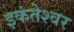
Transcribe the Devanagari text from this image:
इकंतेश्वर